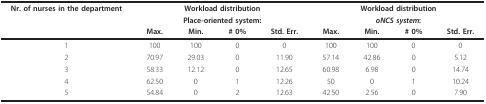
<table><thead><tr><td><b>Nr. of nurses in the department</b></td><td colspan="4"><b>Workload distribution</b></td><td colspan="4"><b>Workload distribution</b></td></tr><tr><td></td><td colspan="4"><b>Place-oriented system:</b></td><td colspan="4"><b><i>oNCS system</i>:</b></td></tr><tr><td></td><td><b>Max.</b></td><td><b>Min.</b></td><td><b># 0%</b></td><td><b>Std. Err.</b></td><td><b>Max.</b></td><td><b>Min.</b></td><td><b># 0%</b></td><td><b>Std. Err.</b></td></tr></thead><tbody><tr><td>1</td><td>100</td><td>100</td><td>0</td><td>0</td><td>100</td><td>100</td><td>0</td><td>0</td></tr><tr><td>2</td><td>70.97</td><td>29.03</td><td>0</td><td>11.90</td><td>57.14</td><td>42.86</td><td>0</td><td>5.12</td></tr><tr><td>3</td><td>58.33</td><td>12.12</td><td>0</td><td>12.65</td><td>60.98</td><td>6.98</td><td>0</td><td>14.74</td></tr><tr><td>4</td><td>62.50</td><td>0</td><td>1</td><td>12.26</td><td>50</td><td>0</td><td>1</td><td>10.24</td></tr><tr><td>5</td><td>54.84</td><td>0</td><td>2</td><td>12.63</td><td>42.50</td><td>2.56</td><td>0</td><td>7.90</td></tr></tbody></table>